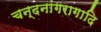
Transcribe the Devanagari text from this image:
चन्दनांगरागादि